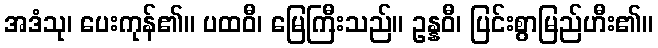
အဒံသု၊ ပေးကုန်၏။ ပထဝီ၊ မြေကြီးသည်။ ဥန္နဝီ၊ ပြင်းစွာမြည်ဟီး၏။